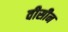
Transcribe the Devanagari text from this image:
वीसीन